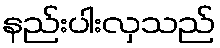
နည်းပါးလှသည်